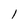
Character: 1